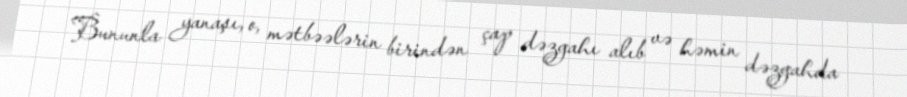
Bununla yanaşı, o, mətbəələrin birindən çap dəzgahı alıb və həmin dəzgahda